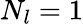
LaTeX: N_{l}=1